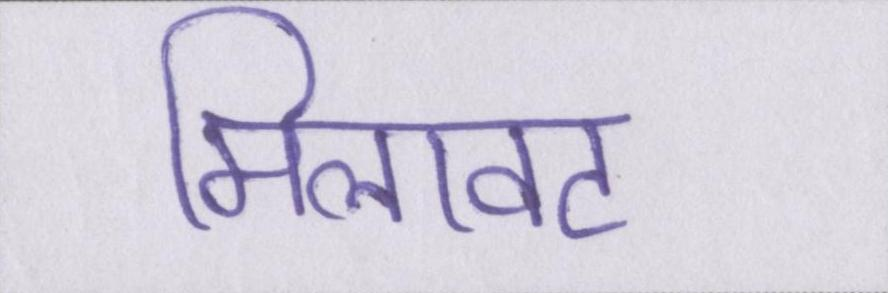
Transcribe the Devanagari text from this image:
मिलावट